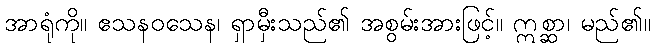
အာရုံကို။ ဧသနဝသေန၊ ရှာမှီးသည်၏ အစွမ်းအားဖြင့်။ ဣစ္ဆာ၊ မည်၏။